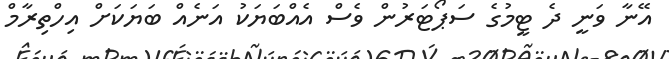
އޭނާ ވަނީ ދެ ޓީމުގެ ސަޕޯޓަރުން ވެސް އެއްބަޔަކު އަނެއް ބަޔަކަށް އިހްތިރާމް